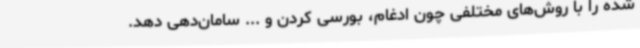
شده را با روش‌های مختلفی چون ادغام، بورسی کردن و ... سامان‌دهی دهد.